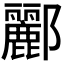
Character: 酈